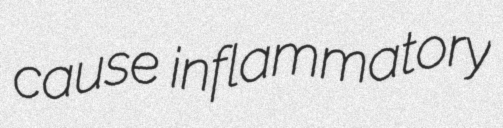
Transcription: cause inflammatory